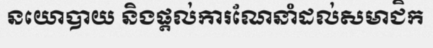
នយោបាយ និងផ្តល់ការណែនាំដល់សមាជិក